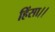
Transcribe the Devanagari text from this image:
हिंसा।।